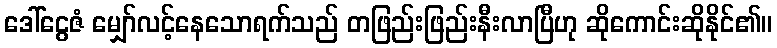
ဒေါ်ငွေဇံ မျှော်လင့်နေသောရက်သည် တဖြည်းဖြည်းနီးလာပြီဟု ဆိုကောင်းဆိုနိုင်၏။